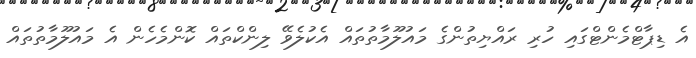
އެ ޑިޕާޓްމެންޓްގައި ހުރި ރައްޔިތުންގެ މައުލޫމާތުތައް އެކުލެވޭ ލިންކްތައް ކޮންމެހެން އެ މައުލޫމާތުތައް